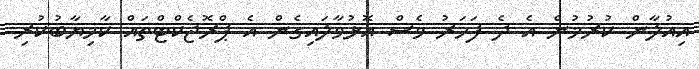
އިއުލާން ކުރުމުން އެ ދެ ފަހަރު ވެސް އޮޅުވާލައިގެން އެ ޕްރޮޖެކްޓްތައް ކާމިޔާބުކުރި